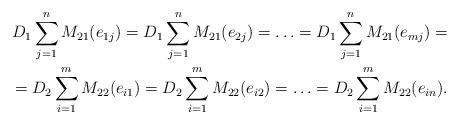
LaTeX: \begin{align*} D_1 \sum_{j=1}^n M_{21}(e_{1j}) = D_1 \sum_{j=1}^n M_{21}(e_{2j}) = \ldots = D_1 \sum_{j=1}^n M_{21}(e_{mj})= \\ = D_2 \sum_{i=1}^m M_{22}(e_{i1}) = D_2 \sum_{i=1}^m M_{22}(e_{i2}) = \ldots = D_2 \sum_{i=1}^m M_{22}(e_{in}). \end{align*}